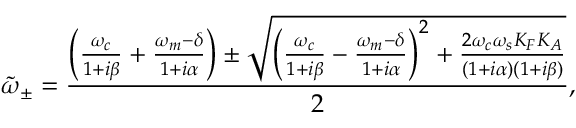
\tilde { \omega } _ { \pm } = \frac { \left( \frac { \omega _ { c } } { 1 + i \beta } + \frac { \omega _ { m } - \delta } { 1 + i \alpha } \right) \pm \sqrt { \left( \frac { \omega _ { c } } { 1 + i \beta } - \frac { \omega _ { m } - \delta } { 1 + i \alpha } \right) ^ { 2 } + \frac { 2 \omega _ { c } \omega _ { s } K _ { F } K _ { A } } { ( 1 + i \alpha ) ( 1 + i \beta ) } } } { 2 } ,